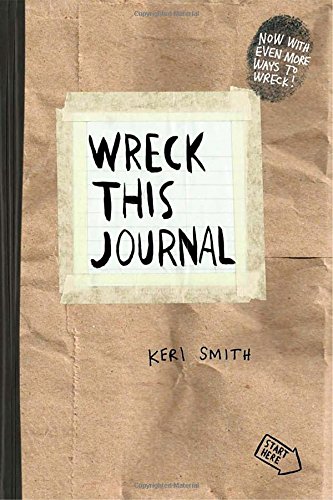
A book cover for Wreck This Journal (Paper bag) Expanded Ed.; Keri Smith; Self-Help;